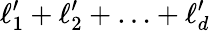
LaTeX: \ell_{1}^{\prime}+\ell_{2}^{\prime}+\ldots+\ell_{d}^{\prime}